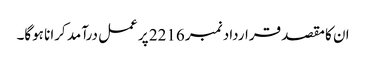
ان کا مقصد قرارداد نمبر 2216 پر عمل درآمد کرانا ہوگا۔